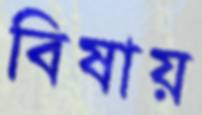
বিষায়